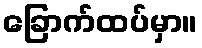
ခြောက်ထပ်မှာ။